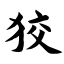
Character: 狡